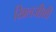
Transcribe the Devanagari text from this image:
खिलजीशी